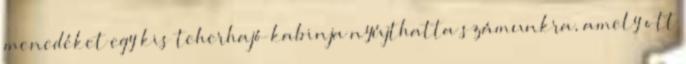
menedéket egy kis teherhajó kabinja nyújthatta számunkra, amely ott